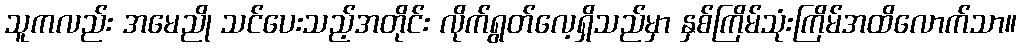
သူကလည်း အမေညို သင်ပေးသည့်အတိုင်း လိုက်ရွတ်လေ့ရှိသည်မှာ နှစ်ကြိမ်သုံးကြိမ်အထိလောက်သာ။